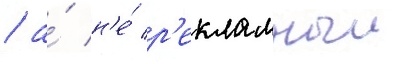
/ а́ н'е́ р'екламныи